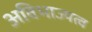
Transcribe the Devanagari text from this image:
अविभाज्यत्व